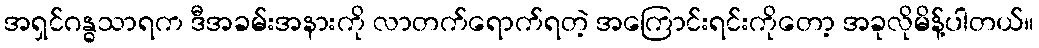
အရှင်ဂန္ဓသာရက ဒီအခမ်းအနားကို လာတက်ရောက်ရတဲ့ အကြောင်းရင်းကိုတော့ အခုလိုမိန့်ပါတယ်။